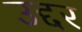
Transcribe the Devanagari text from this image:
उद्दर